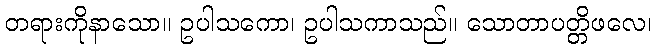
တရားကိုနာသော။ ဥပါသကော၊ ဥပါသကာသည်။ သောတာပတ္တိဖလေ၊